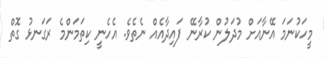
މީހަކުނަމަ އޭނާއަށް މުދަލުން ކުރާނޭ ފައިދާއެއް ނެތެވެ. އެހެނީ ކިތަމަންމެ ރަގަނޅު ގޮތް